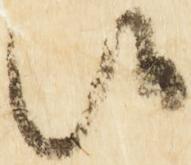
候